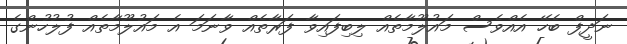
ނަދީފް ބެހޭ އެއްވެސް މައުލޫމާތެއް ލިބިފައިވާ ފަރާތެއް ވާނަމަ އެ މައުލޫމާތެއް ފުލުހުންގެ